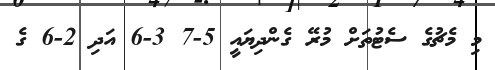
މި މެޗުގެ ސެޓުތަށް މުރޭ ގެންދިޔައީ 5-7 3-6 އަދި 2-6 ގެ